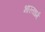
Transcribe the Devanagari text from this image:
भारतधर्म